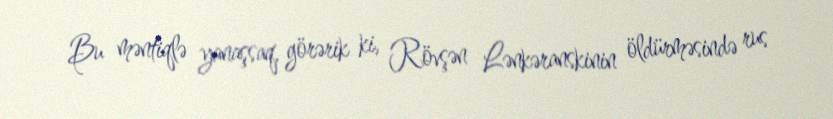
Bu məntiqlə yanaşsaq, görərik ki, Rövşən Lənkəranskinin öldürməsində rus